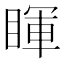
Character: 睴